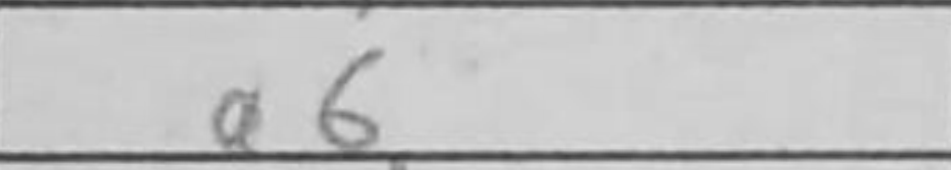
Transcription: a6